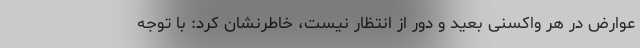
عوارض در هر واکسنی بعید و دور از انتظار نیست، خاطرنشان کرد: با توجه